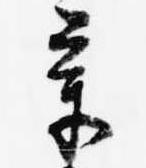
章